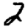
Digit: 2